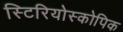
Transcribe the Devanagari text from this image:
स्टिरियोस्कोपिक